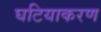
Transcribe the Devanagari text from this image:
घटियाकरण